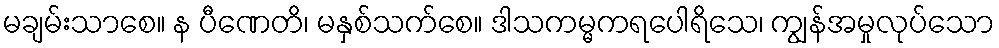
မချမ်းသာစေ။ န ပီဏေတိ၊ မနှစ်သက်စေ။ ဒါသကမ္မကရပေါရိသေ၊ ကျွန်အမှုလုပ်သော